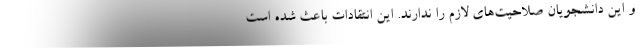
و این دانشجویان صلاحیت‌های لازم را ندارند. این انتقادات باعث شده است